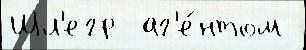
Шл'егр  аг'е́нтом